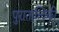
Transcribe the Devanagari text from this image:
पुरातात्त्विकी